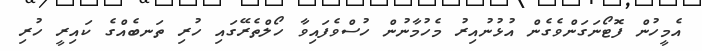
އެމީހުން ފޮޓޯނަގަންވެގެން އުޅުނުއިރު މެހުމާނުން ހުސްވެފައިވާ ހޯލްތެރޭގައި ހުރި ތަނބެއްގެ ކައިރީ ހުރި